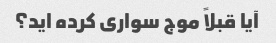
آیا قبلاً موج سواری کرده اید؟